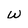
Character: w